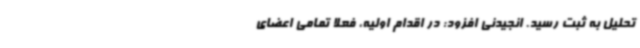
تحلیل به ثبت رسید. انجیدنی افزود: در اقدام اولیه، فعلا تمامی اعضای